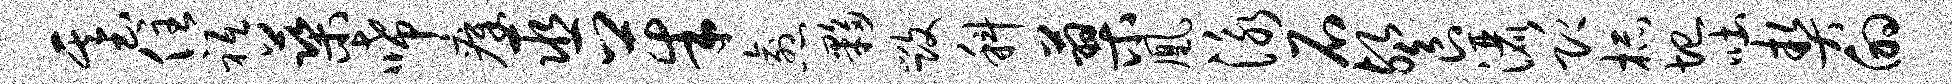
基住祗蕖唏瘴巫茱愈夥毁科蓼凰泳石餐洒即杯圮吐契的